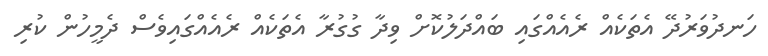
ހަނދުވަރުދޭ އެތަކެއް ރެއެއްގައި ބައްދަލުކޮށް ވިދާ ގުގުރާ އެތަކެއް ރެއެއްގައިވެސް ދެމީހުން ކުރި